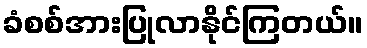
ခံစစ်အားပြုလာနိုင်ကြတယ်။